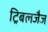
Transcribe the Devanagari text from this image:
ट्रिबलजैज